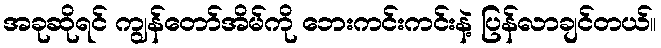
အခုဆိုရင် ကျွန်တော်အိမ်ကို ဘေးကင်းကင်းနဲ့ ပြန်လာချင်တယ်။